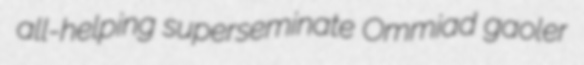
all-helping superseminate Ommiad gaoler